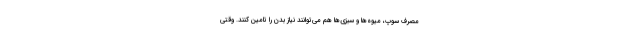
مصرف سوپ، میوه‌ها و سبزی‌ها هم می‌توانند نیاز بدن را تامین کنند. وقتی